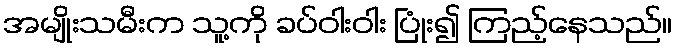
အမျိုးသမီးက သူ့ကို ခပ်ဝါးဝါး ပြုံး၍ ကြည့်နေသည်။